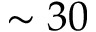
\sim 3 0